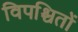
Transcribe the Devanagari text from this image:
विपश्चितों